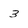
Character: 3